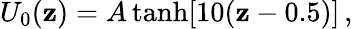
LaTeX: U_{0}(\mathbf{z})=A\operatorname{tanh}[10(\mathbf{z}-0.5)]\, ,